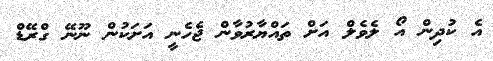
އެ ކުދިން އޯ ލެވެލް އަށް ތައްޔާރުވާން ޖެހެނީ އަށަކުން ނޫނޭ ގްރޭޑް